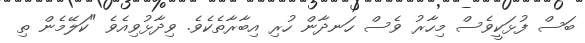
ބަސް ފުޅަކީވެސް މިހާރު ވެސް ހަނދާން ހުރި އިބާރާތެކެވެ. ވިދާޅުވިއެވެ "ކަލޭމެން ތި